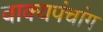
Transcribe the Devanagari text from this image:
वाक्यपंचांग